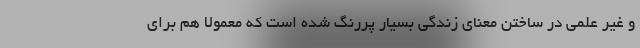
و غیر علمی در ساختن معنای زندگی بسیار پررنگ شده است که معمولا هم برای